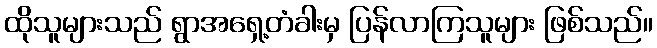
ထိုသူများသည် ရွာအရှေ့တံခါးမှ ပြန်လာကြသူများ ဖြစ်သည်။